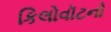
કિલોવૉટનો